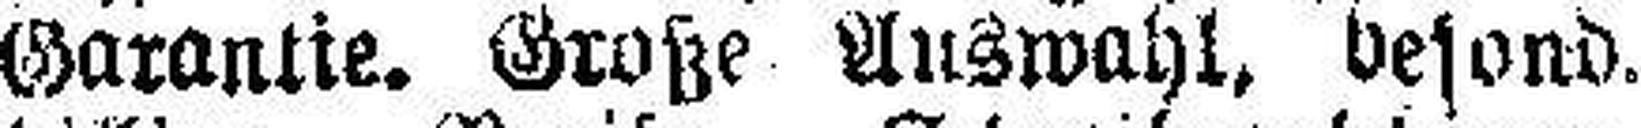
Garantie. Große Auswahl, besond.